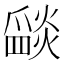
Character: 𤔵